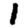
Digit: 1